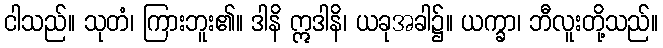
ငါသည်။ သုတံ၊ ကြားဘူး၏။ ဒါနိ ဣဒါနိ၊ ယခုအခါ၌။ ယက္ခာ၊ ဘီလူးတို့သည်။